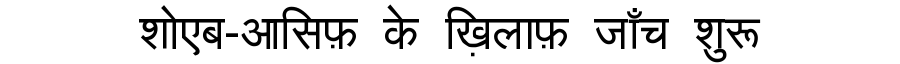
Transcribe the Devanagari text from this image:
शोएब-आसिफ़ के ख़िलाफ़ जाँच शुरू